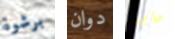
برشوة دوان مايبي